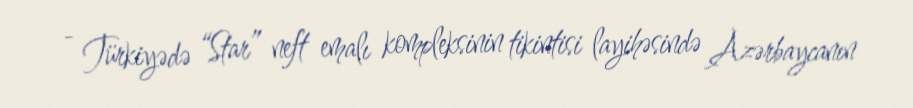
- Türkiyədə “Star” neft emalı kompleksinin tikintisi layihəsində Azərbaycanın